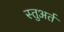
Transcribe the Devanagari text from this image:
स्तुअर्त